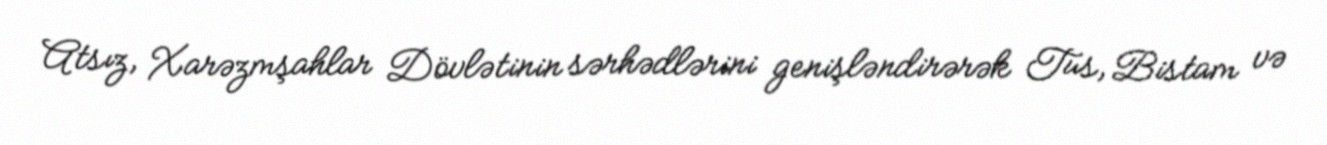
Atsız, Xarəzmşahlar Dövlətinin sərhədlərini genişləndirərək Tus, Bistam və